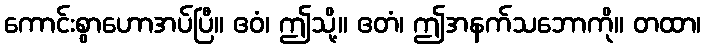
ကောင်းစွာဟောအပ်ပြီ။ ဧဝံ၊ ဤသို့။ ဧတံ၊ ဤအနက်သဘောကို။ တထာ၊